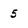
Character: 5